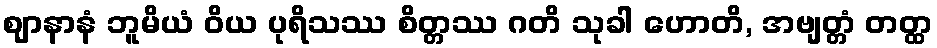
ဈာနာနံ ဘူမိယံ ဝိယ ပုရိသဿ စိတ္တဿ ဂတိ သုခါ ဟောတိ, အဗျတ္တံ တတ္ထ